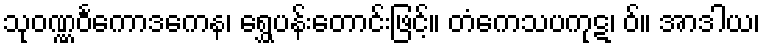
သုဝဏ္ဏဝင်္ကောဒကေန၊ ရွှေပန်းတောင်းဖြင့်။ တံကေသပကုဋ၊ ဝ်။ အာဒါယ၊